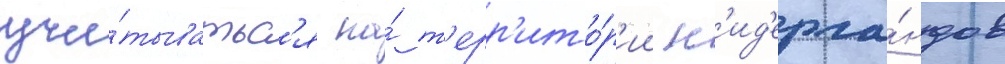
учи́тыватьс'я на́ т'ерр'ито́р'ии н'ид'ерла́ндов